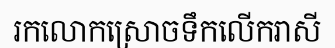
រកលោកស្រោចទឹកលើករាសី